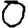
Digit: 0